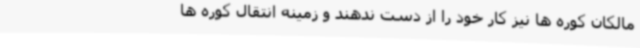
مالکان کوره ها نیز کار خود را از دست ندهند و زمینه انتقال کوره ها